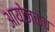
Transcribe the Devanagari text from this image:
आयोजकच